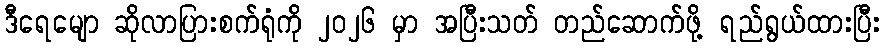
ဒီရေမျော ဆိုလာပြားစက်ရုံကို ၂၀၂၆ မှာ အပြီးသတ် တည်ဆောက်ဖို့ ရည်ရွယ်ထားပြီး